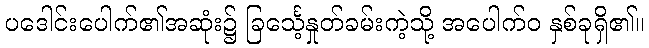
ပဒေါင်းပေါက်၏အဆုံး၌ ခြင်္သေ့နှုတ်ခမ်းကဲ့သို့ အပေါက်ဝ နှစ်ခုရှိ၏။